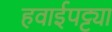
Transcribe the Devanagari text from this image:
हवाईपट्ट्या